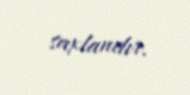
saxlanılır.